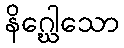
နိဂ္ဃေါသော